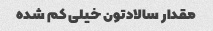
مقدار سالادتون خیلی کم شده